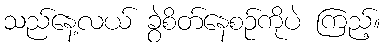
သည်နေ့လယ် ခွဲစိတ်နေစဉ်ကိုပဲ ကြည့်။